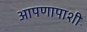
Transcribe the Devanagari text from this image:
आपणापाशी